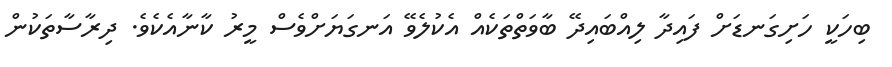
ބިހަކީ ހަށިގަނޑަށް ފައިދާ ލިއްބައިދޭ ބާވަތްތަކެއް އެކުލެވޭ އަނގަޔަށްވެސް މީރު ކާނާއެކެވެ. ދިރާސާތަކުން